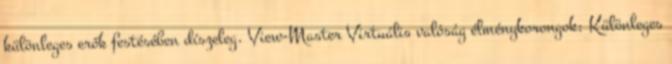
különleges erők festésében díszeleg. View-Master Virtuális valóság élménykorongok: Különleges